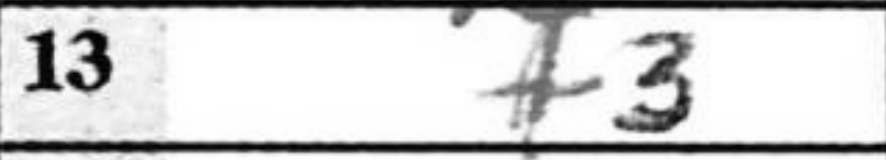
Transcription: f3